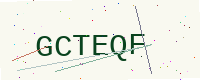
Text: GCTEQF